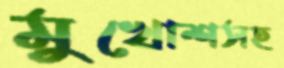
মুখোশসহ